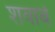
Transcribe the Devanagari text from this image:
शवाबे